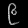
Digit: ၉